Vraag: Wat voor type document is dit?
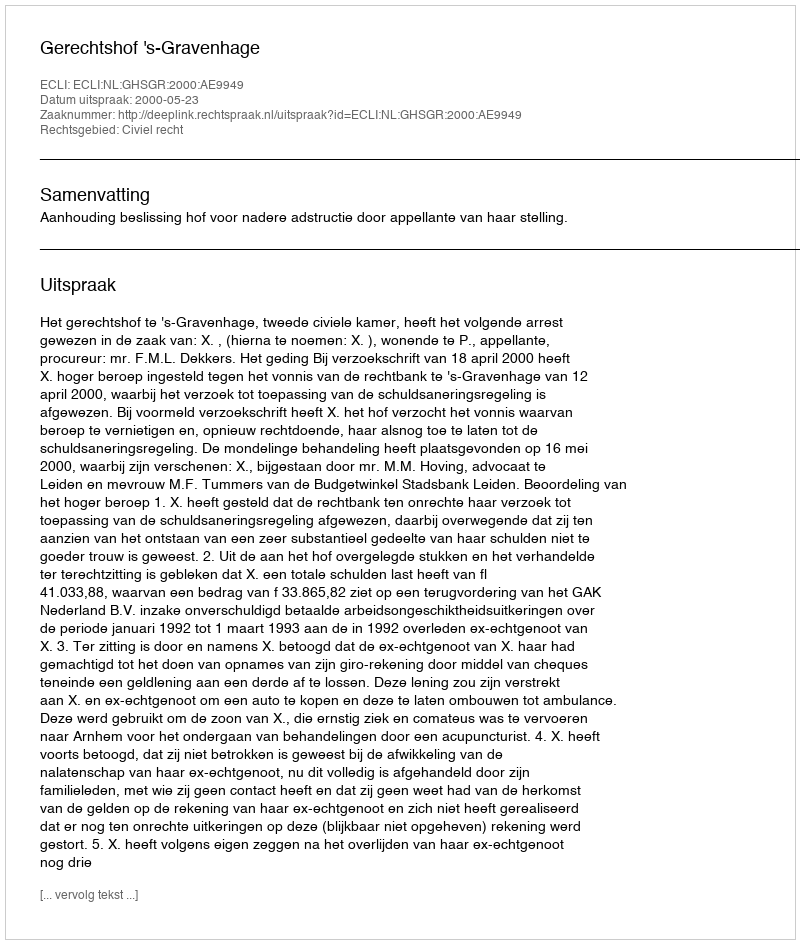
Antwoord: Uitspraak